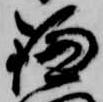
鎌